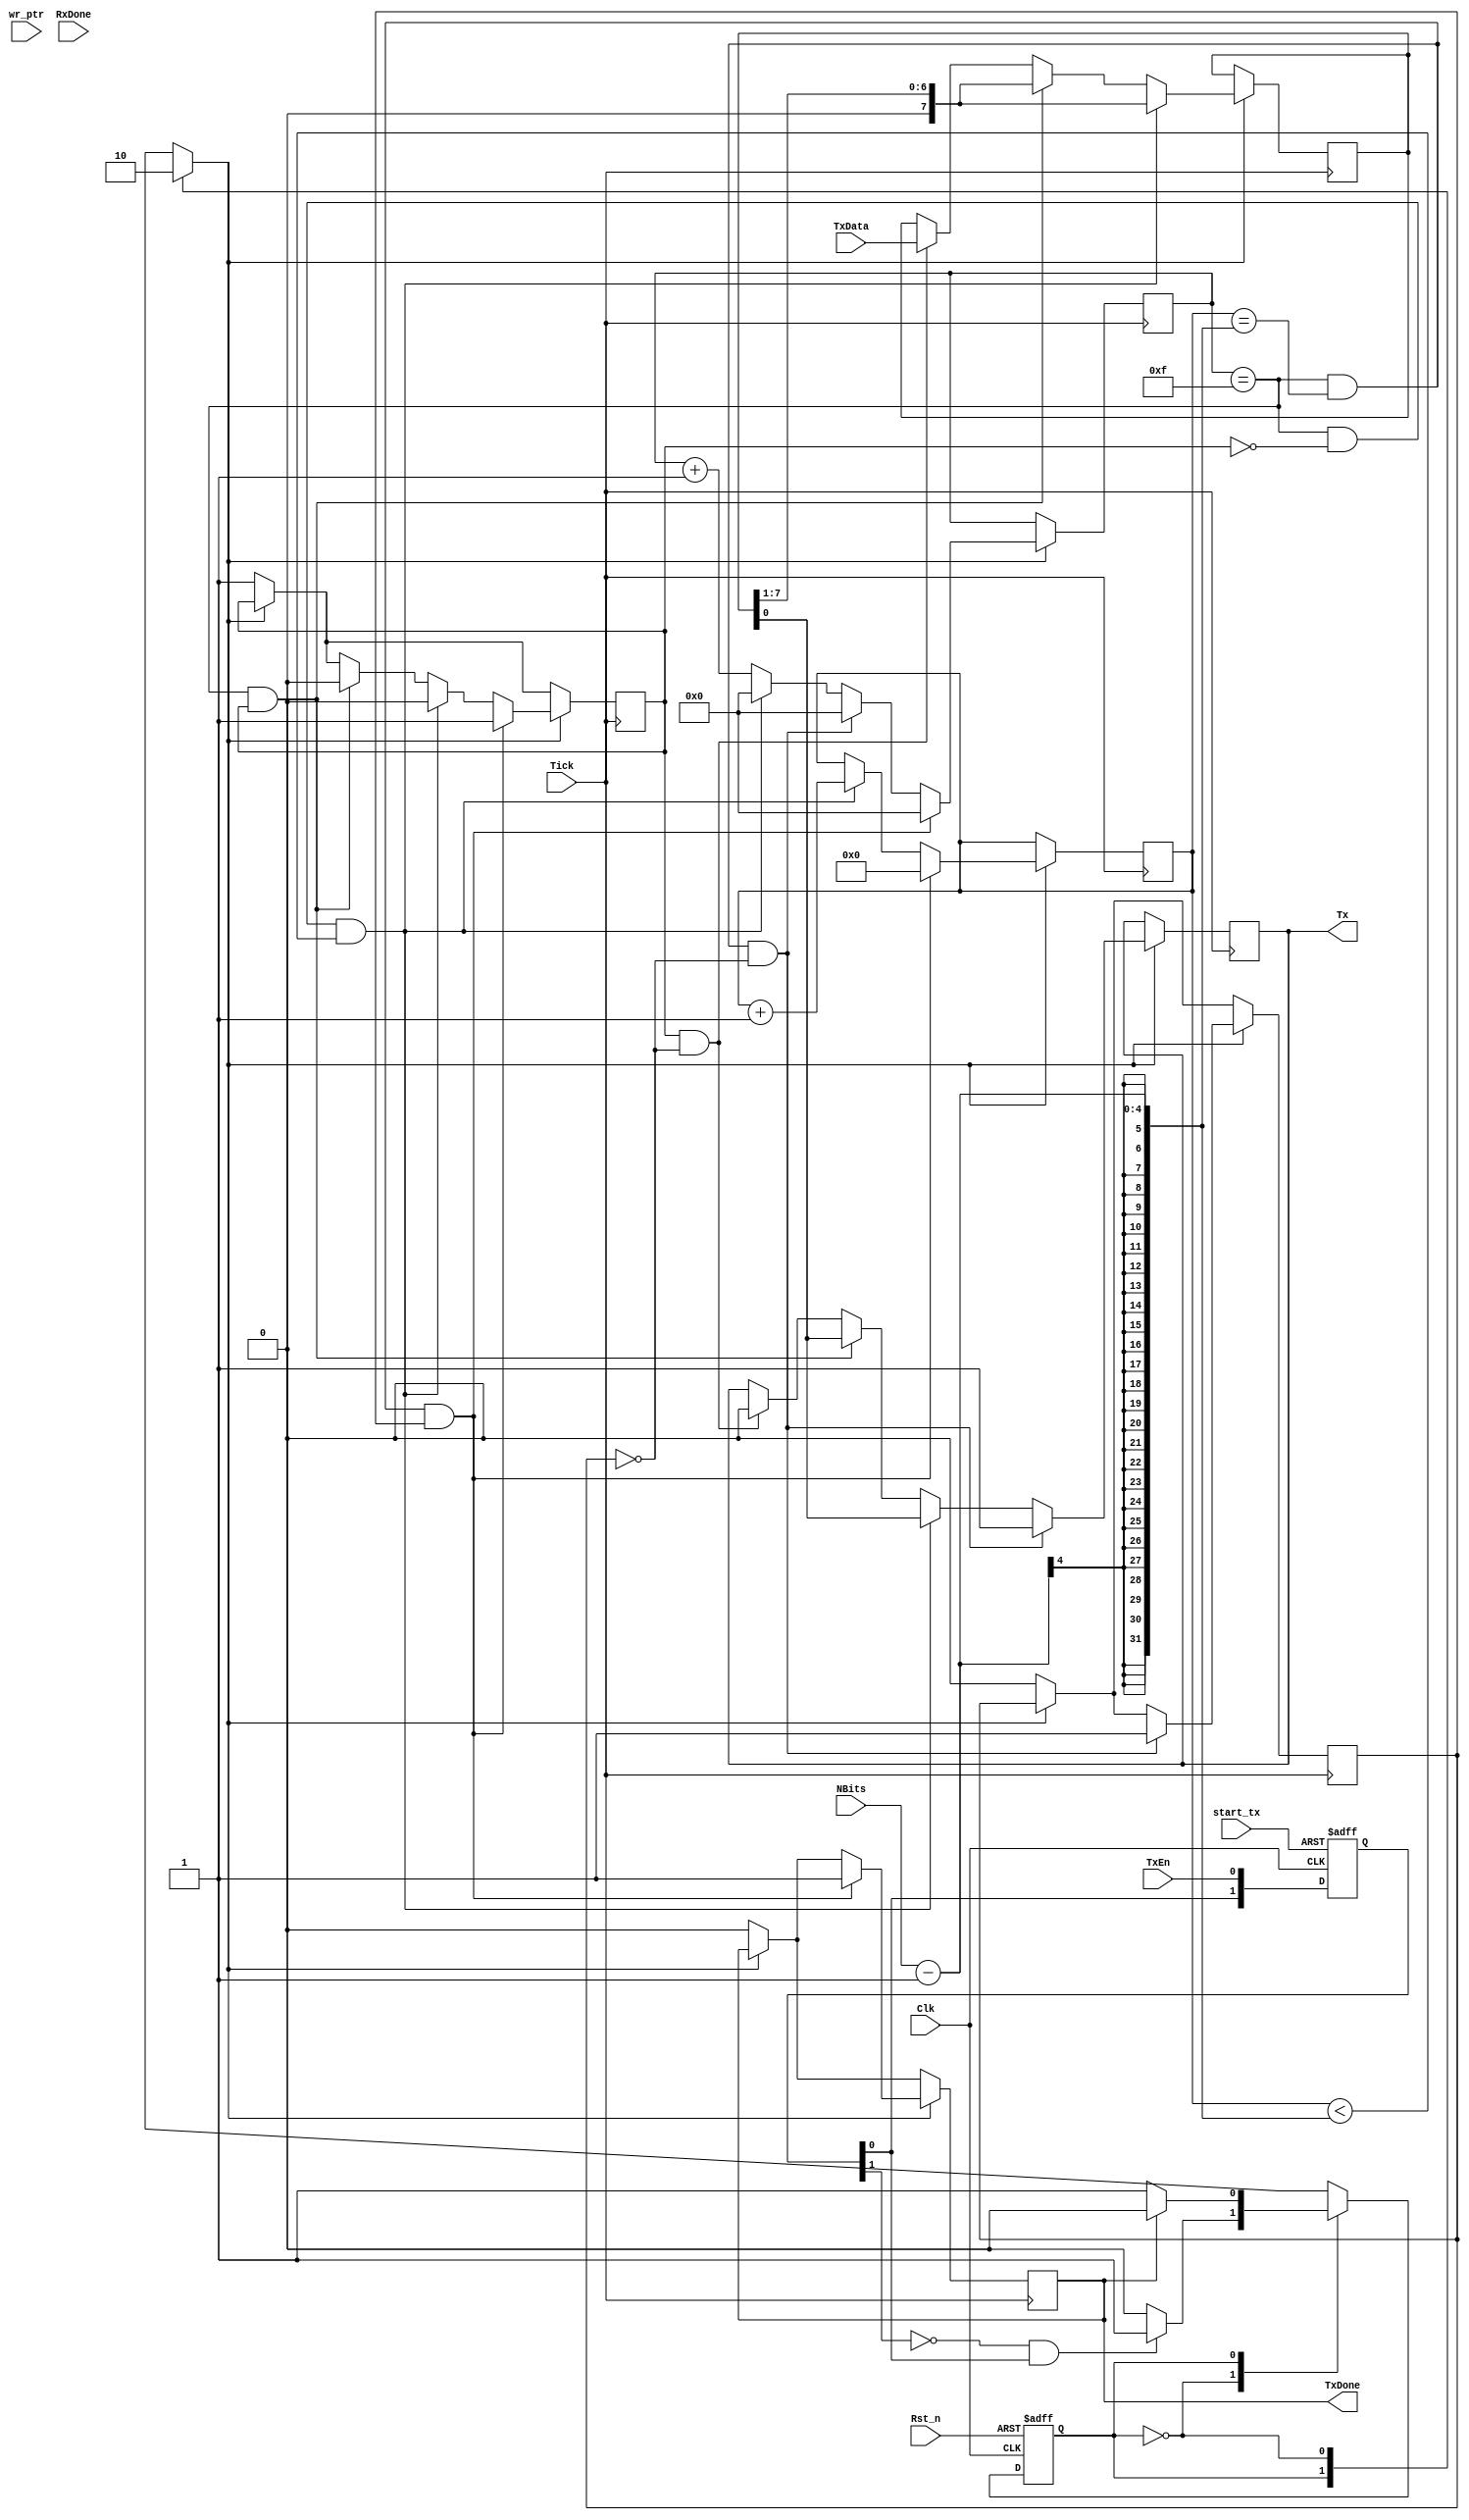
`timescale 1ns / 1ps
//////////////////////////////////////////////////////////////////////////////////
// Company: 
// Engineer: 
// 
// Design Name: 
// Module Name: UART_rs232_tx
// Project Name: 
// Target Devices: 
// Tool Versions: 
// Description: 
// 
// Dependencies: 
// 
// Revision:
// Revision 0.01 - File Created
// Additional Comments:
// 
//////////////////////////////////////////////////////////////////////////////////

module UART_rs232_tx (Clk,Rst_n,start_tx,wr_ptr,RxDone,TxEn,TxData,TxDone,Tx,Tick,NBits);	//Define my module as UART_rs232_tx

input Clk, Rst_n, TxEn,Tick,start_tx,RxDone;	//Define 1 bit inputs
input [3:0]NBits;		//Define 4 bits inputs
input [7:0]TxData;		//Define 8 bit inputs
input [4:0] wr_ptr;

output Tx;
output TxDone;




//Variabels used for state machine...
parameter  IDLE = 1'b0, WRITE = 1'b1;	//We have 2 states for the State Machine state 0 and 1 (WRITE adn IDLE)
reg  State, Next;			//Create some registers for the states
reg  TxDone = 1'b0;			//Variable used to notify when the transmission process is done
reg  Tx;				//We register the input value
reg write_enable = 1'b0;		//Variable used to activate or deactivate the transmission process			
reg start_bit = 1'b1;			//Variable used to notify if the START bit was made or not yet
reg stop_bit = 1'b0;			//Variable used to notify if the STOP bit was made or not yet
reg [4:0] Bit = 5'b00000;		//Variable used for the bit by bit write loop (in this case 8 bits so 8 loops)
reg [3:0] counter = 4'b0000;		//Counter variable used to count the tick pulses up to 16
reg [7:0] in_data=8'b00000000;		//Register where we store tha data that arrived with the TxData input and has to be sent
reg [1:0] R_edge;			//Variable used to avoid debounce of the write enable pin
wire D_edge;				//Wire used to connect the D_edge


wire tx_flag;
reg temp;
reg [4:0] counter1;
reg [4:0] counter2;
reg pulse;





///////////////////////////////STATE MACHINE////////////////////////////////
////////////////////////////////////////////////////////////////////////////
///////////////////////////////////Reset////////////////////////////////////
////////////////////////////////////////////////////////////////////////////
always @ (posedge Clk or negedge Rst_n)			//It is good to always have a reset always
begin
if (!Rst_n)	State <= IDLE;				//If reset pin is low, we get to the initial state which is IDLE
else 		State <= Next;				//If not we go to the next state
end




////////////////////////////////////////////////////////////////////////////
////////////////////////////Next step decision//////////////////////////////
////////////////////////////////////////////////////////////////////////////
/* This is easy as well.  Each time "State or D_edge or TxData or TxDone" will 
change their value we decide which is the next step. 
 - If D_edge was detected, so the TxEn was enabeled, we start the write process
 - Obviously, if the TxDone is high, then we get back to IDLE and wait for next TxEn to be activated */
always @ (State or D_edge or TxData or TxDone) 
begin
    case(State)	
	IDLE:	if(D_edge)		Next = WRITE;		//If we are into IDLE and D_edge gets activated, we start the WRITE process
		else			Next = IDLE;
	WRITE:	if(TxDone )		Next = IDLE;  		//If we are into WRITE and TxDone gets high, we get back to IDLE and wait
		else			Next = WRITE;
	default 			Next = IDLE;
    endcase
end



////////////////////////////////////////////////////////////////////////////
///////////////////////////ENABLE WRITE OR NOT//////////////////////////////
////////////////////////////////////////////////////////////////////////////
always @ (State)
begin
    case (State)
	WRITE: begin
		write_enable <= 1'b1;	//If we are in the WRITE state, we enable the write process
	end
	
	IDLE: begin
		write_enable <= 1'b0;	//If we are in the IDLE state, we disable the write process
	end
    endcase
end





////////////////////////////////////////////////////////////////////////////
///////////////////////Write the data out on Tx pin/////////////////////////
////////////////////////////////////////////////////////////////////////////
/*Finally, each time we detect a Tick pulse, if the write_enable is enabeled,
we start counting ticks. First we set the Tx pin to LOW and that indicates a start bit.
Then each 16 ticks, we set the Tx output to a value acording to the "in_data" value which
is the data to eb sent. We do that by shifting the "in_data" using this lines: 
	in_data <= {1'b0,in_data[7:1]};
	Tx <= in_data[0]; */
	

 
always @ (posedge Tick)
begin

	if (!write_enable)				//if write_enable is not activated, then we reset all varaibles for enxt loop
	begin
	TxDone = 1'b0;
	start_bit <=1'b1;
	stop_bit <= 1'b0;
	end

	if (write_enable)				//if write_enable is activated, then we start counting and changing the Tx output
	begin
	counter <= counter+1'b1;				//Increase the counter by one each positive edge of the Tick input
	
	
	if(start_bit & !stop_bit)			//We set the Tx to LOW (start bit) and pass the TxData input to the in:data register
	begin
	Tx <=1'b0;					//Create start bit  (low pulse)
//	in_data <= tx_data_reg[rd_ptr * 8 +: 8];
	in_data <= TxData;
                    				//Pass the data to eb sent to the in_data register so we could use it
	end		

	if ((counter == 4'b1111) & (start_bit) )	//If counter reaches 16 (4'b1111), then we create the first bit and set "start_bit" to low
	begin		
	start_bit <= 1'b0;
	in_data <= {1'b0,in_data[7:1]};
	Tx <= in_data[0];
	end


	if ((counter == 4'b1111) & (!start_bit) &  (Bit < NBits-1))	//If we reach 16 once again, we make a loop for the next 7 bits (NBits-1)
	begin		
	in_data <= {1'b0,in_data[7:1]};
	Bit<=Bit+1'b1;
	Tx <= in_data[0];
	start_bit <= 1'b0;
	counter <= 4'b0000;
	end	



	
	if ((counter == 4'b1111) & (Bit == NBits-1) & (!stop_bit))	//We finish, so we set Tx to HIGH (Stop bit)
	begin
	Tx <= 1'b1;	
	counter <= 4'b0000;	
	stop_bit<=1'b1;
	end

	if ((counter == 4'b1111) & (Bit == NBits-1) & (stop_bit) )	//If stop bit was enabeled, than we reset the values and wait for enxt write process
	begin
	Bit <= 4'b0000;
	TxDone <= 1'b1;
	counter <= 4'b0000;
	start_bit <=1'b1;
	end
	
	end
		

end



//always @(posedge start_tx or negedge Rst_n) begin
//    if (!Rst_n) begin
//        temp <= 1'b0;
//    end else begin
//        temp <= 1'b1;
//    end
//end


//always @(posedge Clk) begin
//    if (counter1 == wr_ptr) begin
//        temp <= 1'b0;
//    end
//end 


//always @(posedge Tick or negedge Rst_n) begin
//    if (!Rst_n) begin
//        counter1 <= 5'b0;
//		  pulse <= 1'b0;
//    end
//    if (temp) begin
//      if(counter1==200)begin
//            counter1 <= 5'b0;
//				pulse <= 1'b1;
//				end
//		  else begin
//		      counter1 <= counter1 + 1'b1;
//				pulse<=1'b0;
//				end
//	 end 
//end



//always @(posedge Clk or negedge Rst_n) begin
//    if (!Rst_n) begin
//        pulse <= 1'b0;
//    end
//    if (counter1 == 200) begin
//        pulse <= 1'b1;
//    end
//	 else pulse<=1'b0;
//end


	  
//assign tx_flag = temp;

////////////////////////////////////////////////////////////////////////////
////////////////////////////Input enable detect/////////////////////////////
////////////////////////////////////////////////////////////////////////////
/*Here we detect if there was a reset or if the TxEn was activated.
If "TxEn" was actiavted than we start the write process and we will send
the data that is on the "TxData" input so amke sure that in the 
moment you activate "TxEn" the TxData" has the values you want to send . */
always @ (posedge Clk or negedge start_tx)
begin

	if(!start_tx)
	begin
	R_edge <= 2'b00;
	end
	
	else
	begin
	R_edge <={R_edge[0], TxEn};
	end
end
assign D_edge = !R_edge[1] & R_edge[0];





endmodule